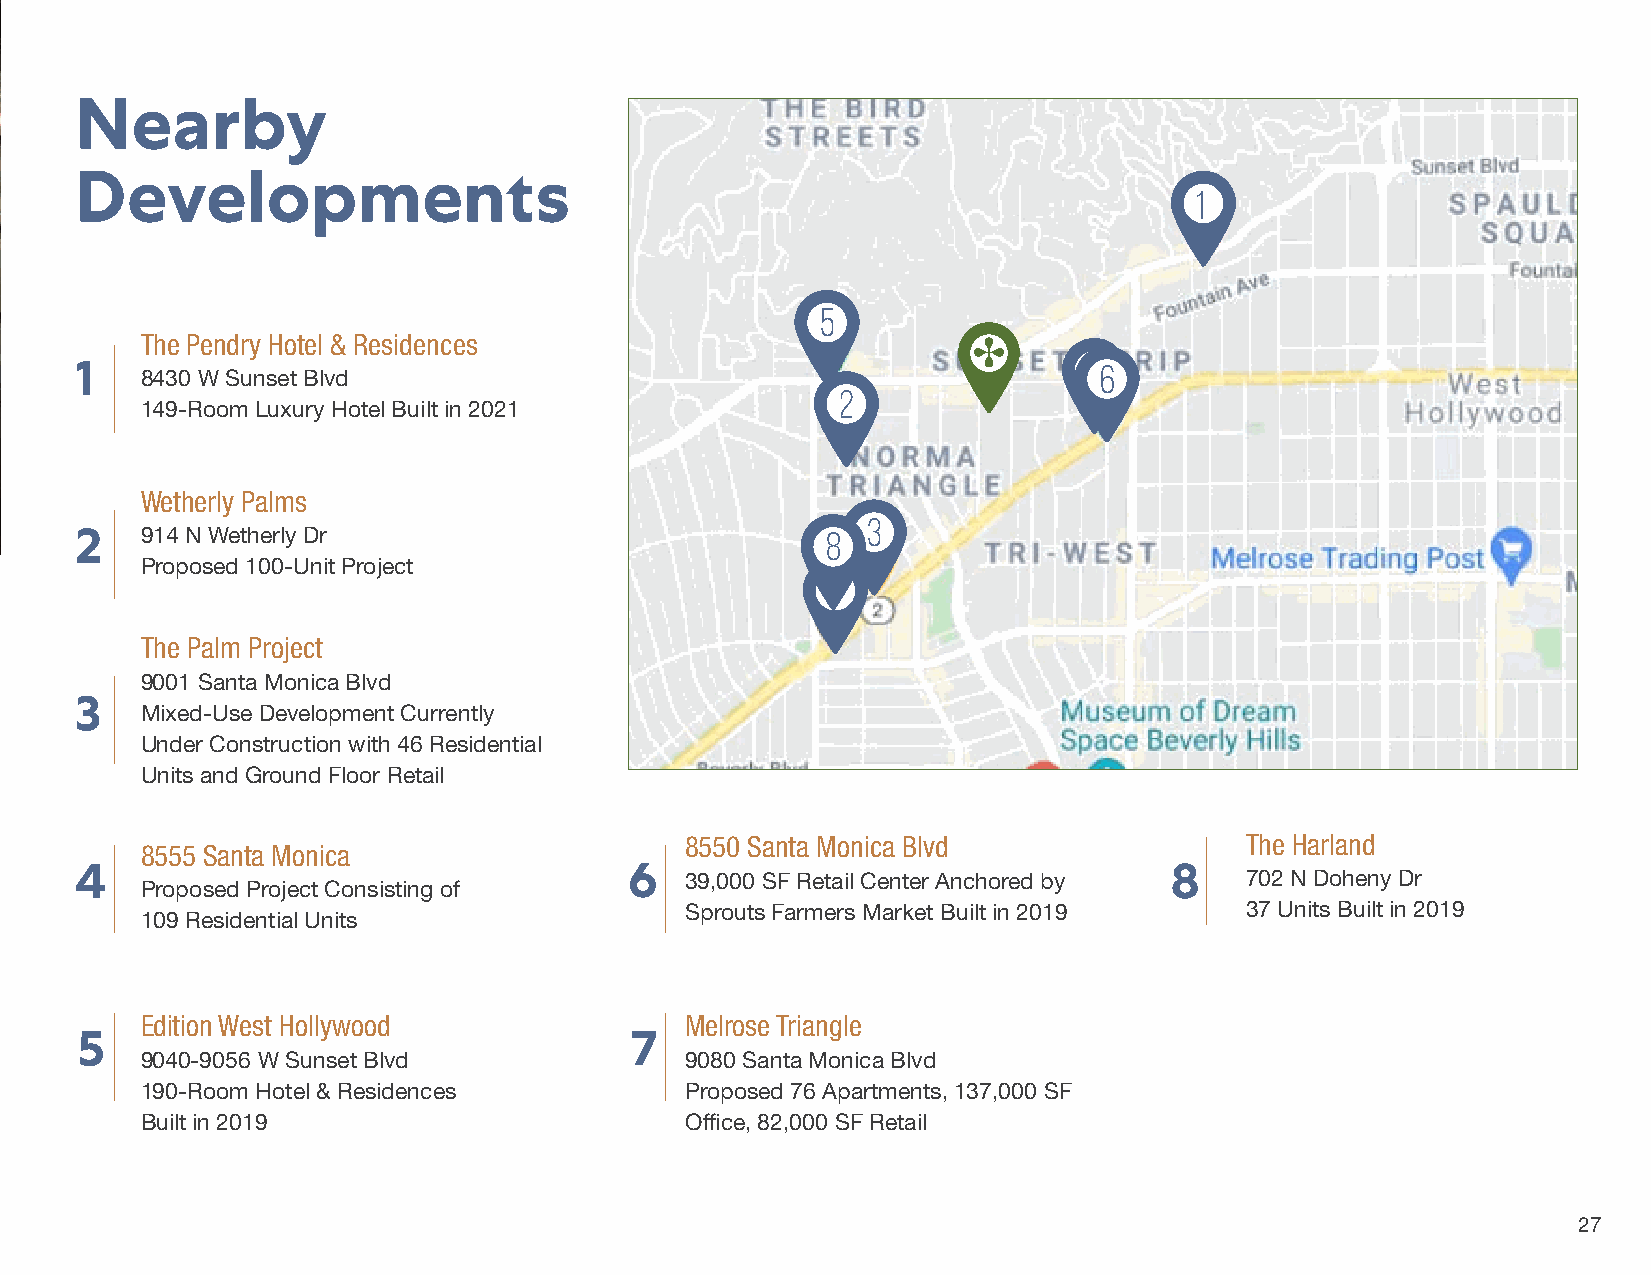
Nearby
 Developments
 1
 5
 The Pendry Hotel & Residences
 4
 1                                                                   6
 8430 W Sunset Blvd
 2
 149-Room Luxury Hotel Built in 2021
 Wetherly Palms
 3
 2   914 N Wetherly Dr                             8
 Proposed 100-Unit Project
 7
 The Palm Project
 9001 Santa Monica Blvd
 3
 Mixed-Use Development Currently
 Under Construction with 46 Residential
 Units and Ground Floor Retail
 8550 Santa Monica Blvd               The Harland
 8555 Santa Monica
 4                                    6                                  8
 39,000 SF Retail Center Anchored by  702 N Doheny Dr
 Proposed Project Consisting of
 Sprouts Farmers Market Built in 2019 37 Units Built in 2019
 109 Residential Units
 Edition West Hollywood              Melrose Triangle
 5                                    7
 9040-9056 W Sunset Blvd             9080 Santa Monica Blvd
 190-Room Hotel & Residences         Proposed 76 Apartments, 137,000 SF
 Built in 2019                       Office, 82,000 SF Retail
 27